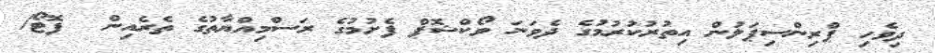
ދިވެހި ޕްރިންސިޕަލުން އިތުރުކުރުމުގެ ދެވަނަ ވޯކްޝޮޕް ފެށުމުގެ ރަސްމިއްޔާތުގެ ތެރެއިން  ފޮޓޯ/